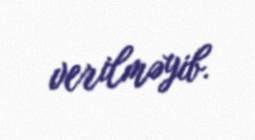
verilməyib.